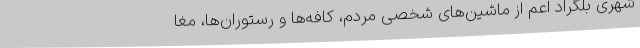
شهری بلگراد اعم از ماشین‌های شخصی مردم، کافه‌ها و رستوران‌ها، مغا